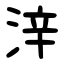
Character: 㳯